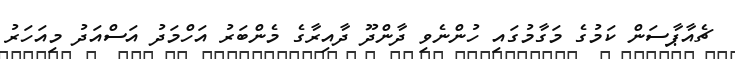
ޗެއާޕާސަން ކަމުގެ މަގާމުގައި ހުންނެވި ދާންދޫ ދާއިރާގެ މެންބަރު އަހްމަދު އަސްއަދު މިއަހަރު